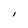
Character: l